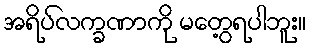
အရိပ်လက္ခဏာကို မတွေ့ရပါဘူး။